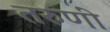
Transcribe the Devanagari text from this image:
तरुणीं